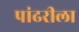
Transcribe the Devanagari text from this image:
पांढरीला